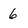
Character: 6